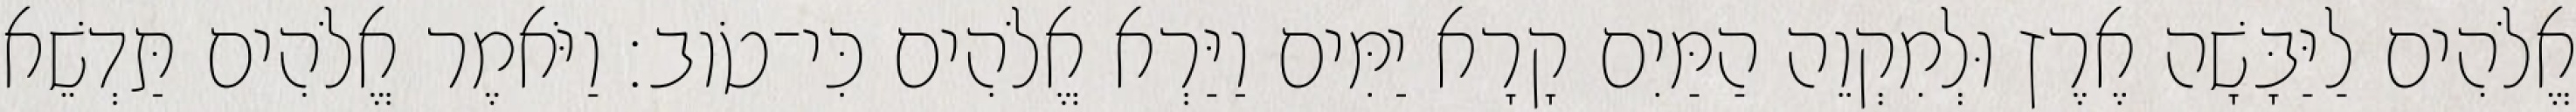
אֱלֹהִים לַיַּבָּשָׁה אֶרֶץ וּלְמִקְוֵה הַמַּיִם קָרָא יַמִּים וַיַּרְא אֱלֹהִים כִּי־טֹוב׃ וַיֹּאמֶר אֱלֹהִים תַּדְשֵׁא